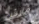
مارش